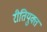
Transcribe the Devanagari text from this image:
रीतियुक्त